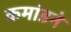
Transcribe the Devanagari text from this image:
कमांडने